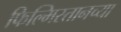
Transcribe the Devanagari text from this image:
फिल्मिस्तानच्या